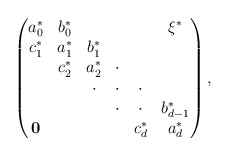
\begin{align*}\begin{pmatrix}a^*_0 & b^*_0& & & & \xi^*\\c^*_1 & a^*_1& b^*_1 & & & \\& c^*_2 & a^*_2& \cdot & & \\& & \cdot & \cdot & \cdot & \\& & & \cdot & \cdot & b^*_{d-1} \\\mathbf{0} & & & & c^*_d & a^*_d \\\end{pmatrix},\end{align*}